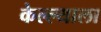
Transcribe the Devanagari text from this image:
केल्ल्याला